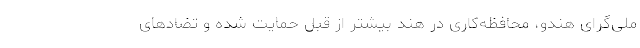
ملی‌گرای هندو، محافظه‌کاری در هند بیشتر از قبل حمایت شده و تضادهای